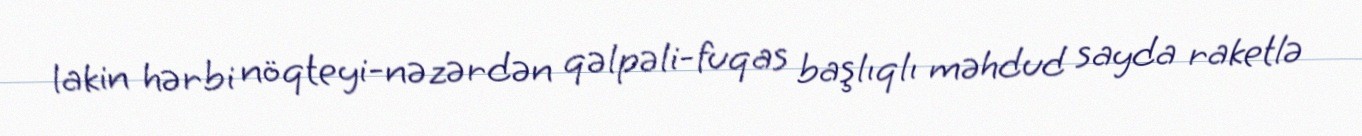
lakin hərbi nöqteyi-nəzərdən qəlpəli-fuqas başlıqlı məhdud sayda raketlə